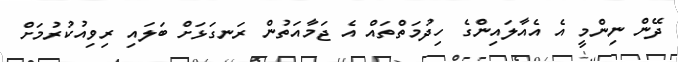
ދޭން ނިންމީ އެ އެއާލައިންގެ ހިދުމަތްތައް އެ ޖަމާއަތުން ރަނގަޅަށް ބަލައި ރިވިއުކުރުމަށް